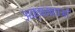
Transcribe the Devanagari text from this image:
अक्षमताओ